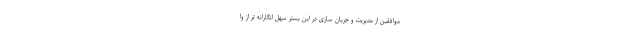
موافقین از مدیریت و‌ جریان سازی در این بستر سهل انگارانه تر از وا